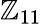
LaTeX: \mathbb{Z}_{11}